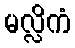
မလ္လိကံ